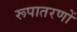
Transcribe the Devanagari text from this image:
रूपातरणों